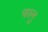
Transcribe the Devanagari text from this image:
फानु